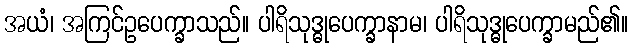
အယံ၊ အကြင်ဥပေက္ခာသည်။ ပါရိသုဒ္ဓုပေက္ခာနာမ၊ ပါရိသုဒ္ဓုပေက္ခာမည်၏။